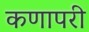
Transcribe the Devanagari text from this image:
कणापरी